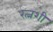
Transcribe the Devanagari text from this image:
रत्नशी